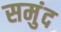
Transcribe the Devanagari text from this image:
समुंद